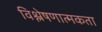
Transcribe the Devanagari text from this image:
विश्लेषणात्मकता